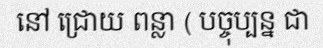
នៅ ជ្រោយ ពន្លា ( បច្ចុប្បន្ន ជា